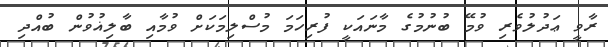
ރާވީ ޢަދުލުވެރި ވުމޭ ބުނުމުގެ މާނައަކީ ފުރިހަމަ މުސްލިމަކަށް ވުމާއި ބާލިޣުވުން ބުއްދި